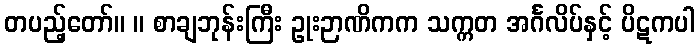
တပည့်တော်။ ။ စာချဘုန်းကြီး ဥုးဉာဏိကက သက္ကတ အင်္ဂလိပ်နှင့် ပိဋကပါ